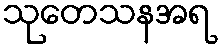
သုတေသနအရ